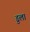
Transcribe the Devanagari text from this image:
डुला